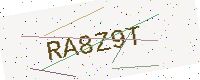
Text: RA8Z9T